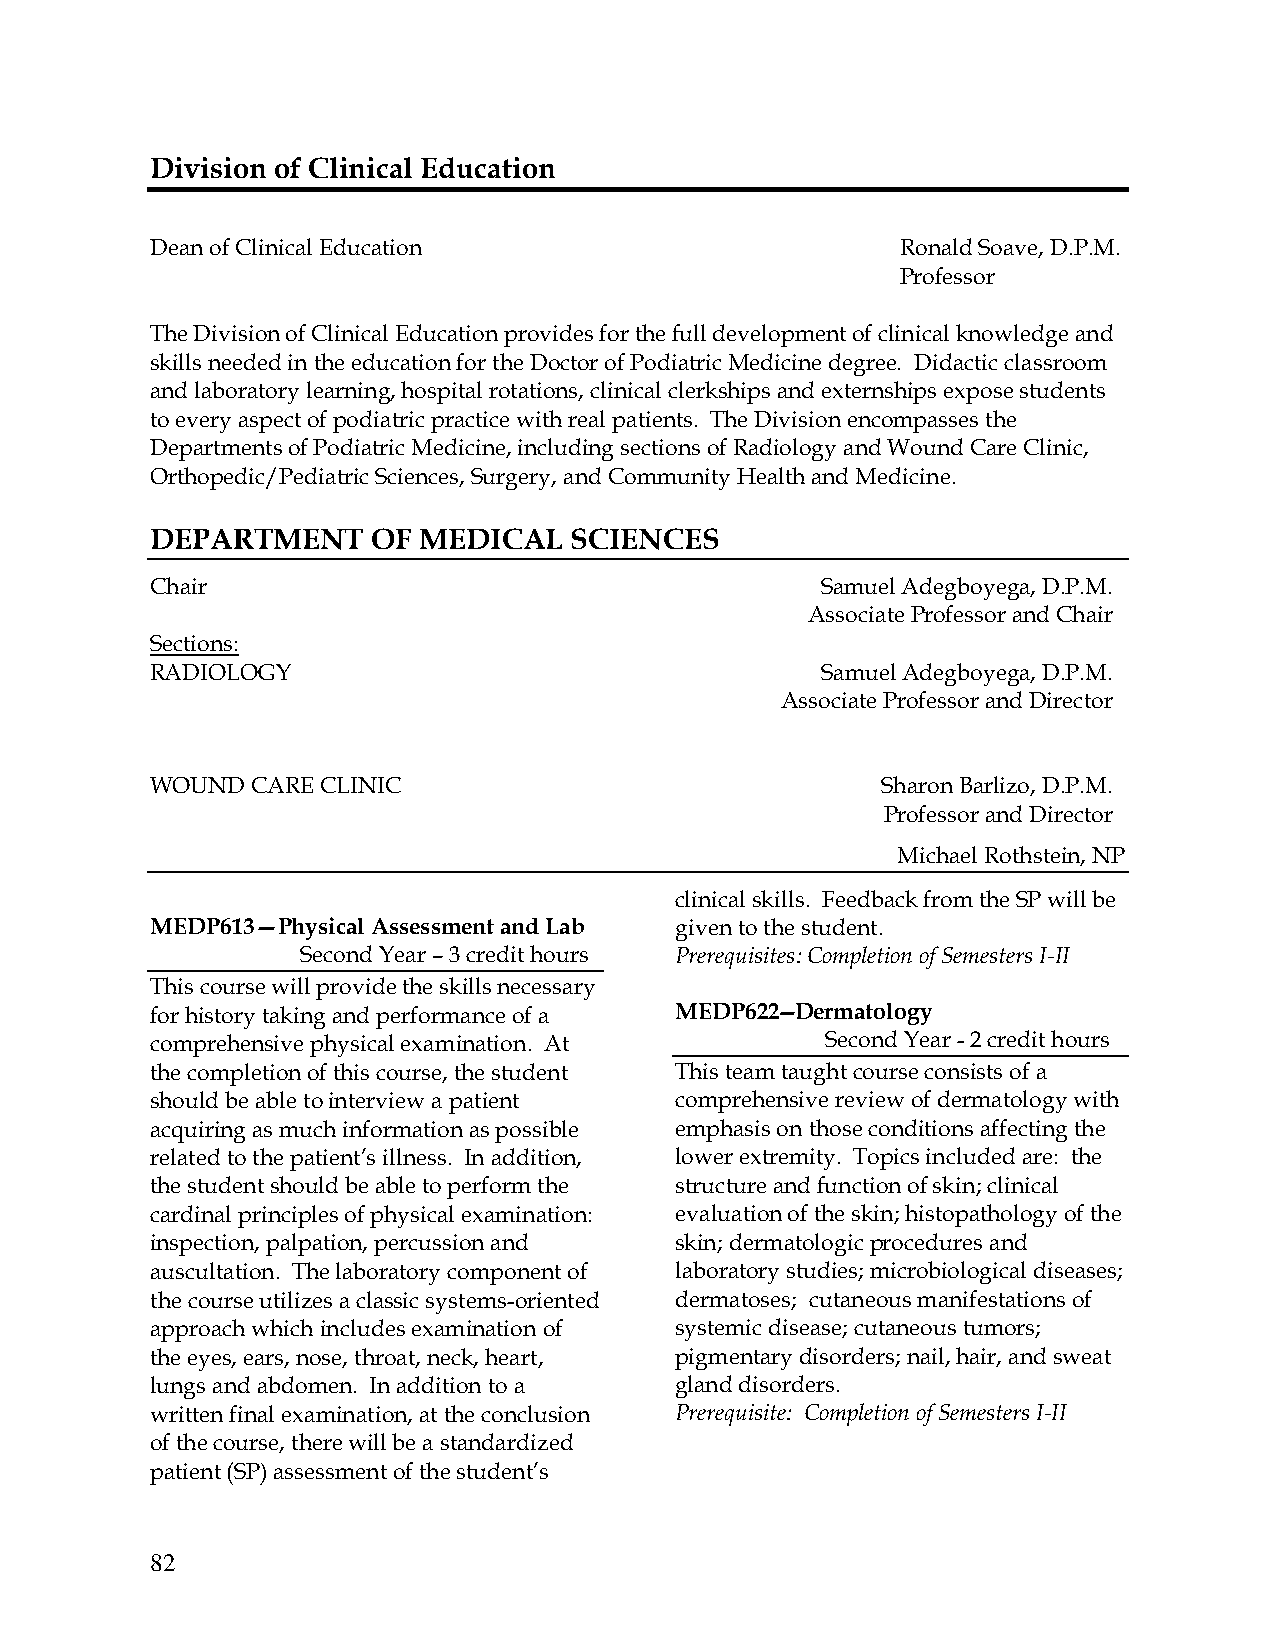
Division of Clinical Education
 Dean of Clinical Education                        Ronald Soave, D.P.M.
 Professor
 The Division of Clinical Education provides for the full development of clinical knowledge and
 skills needed in the education for the Doctor of Podiatric Medicine degree. Didactic classroom
 and laboratory learning, hospital rotations, clinical clerkships and externships expose students
 to every aspect of podiatric practice with real patients. The Division encompasses the
 Departments of Podiatric Medicine, including sections of Radiology and Wound Care Clinic,
 Orthopedic/Pediatric Sciences, Surgery, and Community Health and Medicine.
 DEPARTMENT     OF MEDICAL   SCIENCES
 Chair                                       Samuel Adegboyega, D.P.M.
 Associate Professor and Chair
 Sections:
 RADIOLOGY                                   Samuel Adegboyega, D.P.M.
 Associate Professor and Director
 WOUND  CARE CLINIC                              Sharon Barlizo, D.P.M.
 Professor and Director
 Michael Rothstein, NP
 clinical skills. Feedback from the SP will be
 MEDP613—Physical Assessment and Lab g i v en to the student.
 Second Year – 3 credit hours Prerequisites: Completion of Semesters I-II
 This course will provide the skills necessary
 for history taking and performance of a MEDP622--Dermatology
 comprehensive physical examination. At       Second Year - 2 credit hours
 the completion of this course, the student This team taught course consists of a
 should be able to interview a patient comprehensive review of dermatology with
 acquiring as much information as possible emphasis on those conditions affecting the
 related to the patient’s illness. In addition, lower extremity. Topics included are: the
 the student should be able to perform the structure and function of skin; clinical
 cardinal principles of physical examination: evaluation of the skin; histopathology of the
 inspection, palpation, percussion and skin; dermatologic procedures and
 auscultation. The laboratory component of laboratory studies; microbiological diseases;
 the course utilizes a classic systems-oriented dermatoses; cutaneous manifestations of
 approach which includes examination of systemic disease; cutaneous tumors;
 the eyes, ears, nose, throat, neck, heart, pigmentary disorders; nail, hair, and sweat
 lungs and abdomen. In addition to a gland disorders.
 written final examination, at the conclusion Prerequisite: Completion of Semesters I-II
 of the course, there will be a standardized
 patient (SP) assessment of the student’s
 82